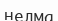
нелма